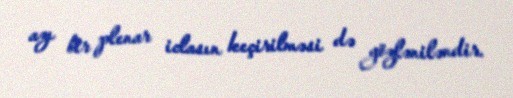
azı bir plenar iclasın keçirilməsi də gözləniləndir.